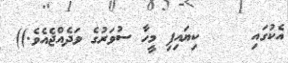
އެކުގައި     ކިޔައިފި މީހާ ސުވަރުގެ ވަދެއްޖެއެވެ.))